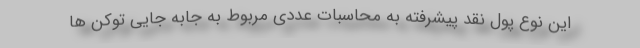
این نوع پول نقد پیشرفته به محاسبات عددی مربوط به جابه جایی توکن ها